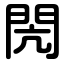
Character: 閌